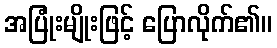
အပြုံးမျိုးဖြင့် ပြောလိုက်၏။